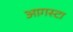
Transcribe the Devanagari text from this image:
आगस्टा